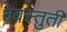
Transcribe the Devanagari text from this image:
देवस्तुती